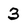
Character: 3